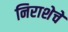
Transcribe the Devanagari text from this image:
निराशेचे